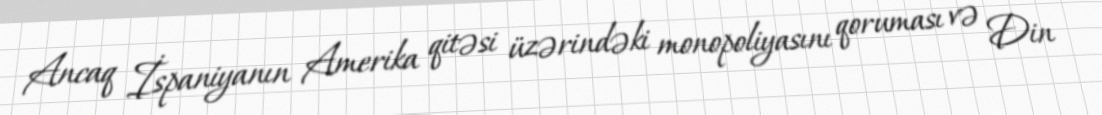
Ancaq İspaniyanın Amerika qitəsi üzərindəki monopoliyasını qoruması və Din